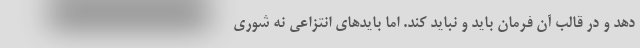
دهد و در قالب آن فرمان باید و نباید کند. اما بایدهای انتزاعی نه شوری